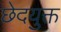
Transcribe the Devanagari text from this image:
छेदयुक्त